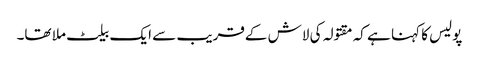
پولیس کا کہنا ہے کہ مقتولہ کی لاش کےقریب سے ایک بیلٹ ملا تھا۔